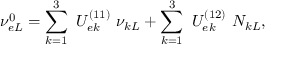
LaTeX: \nu _ { e L } ^ { 0 } = \sum _ { k = 1 } ^ { 3 } ~ U _ { e k } ^ { ( 1 1 ) } ~ \nu _ { k L } + \sum _ { k = 1 } ^ { 3 } ~ U _ { e k } ^ { ( 1 2 ) } ~ N _ { k L } ,